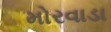
મોરવાડા